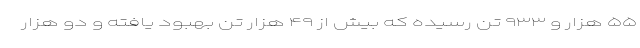
۵۵ هزار و ۹۳۳ تن رسیده که بیش از ۴۹ هزار تن بهبود یافته و دو هزار